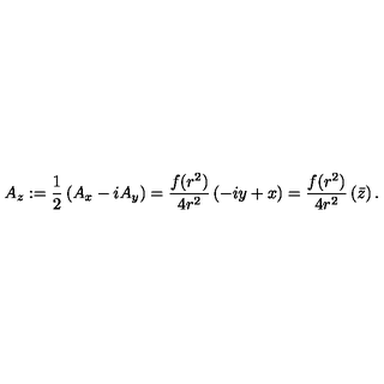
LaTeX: A _ { z } : = \frac { 1 } { 2 } \left( A _ { x } - i A _ { y } \right) = \frac { f ( r ^ { 2 } ) } { 4 r ^ { 2 } } \left( - i y + x \right) = \frac { f ( r ^ { 2 } ) } { 4 r ^ { 2 } } \left( \bar { z } \right) .